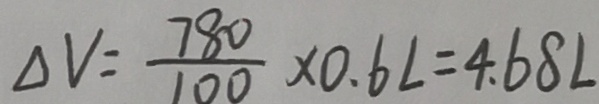
\Delta V = \frac { 7 8 0 } { 1 0 0 } \times 0 . 6 L = 4 . 6 8 L